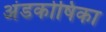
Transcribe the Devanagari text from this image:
अंडकोषिका